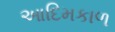
આદિમકાળ